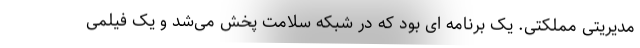
مدیریتی مملکتی. یک برنامه ای بود که در شبکه سلامت پخش می‌شد و یک فیلمی